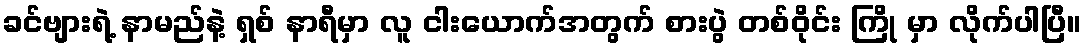
ခင်ဗျားရဲ့ နာမည်နဲ့ ရှစ် နာရီမှာ လူ ငါးယောက်အတွက် စားပွဲ တစ်ဝိုင်း ကြို မှာ လိုက်ပါပြီ။